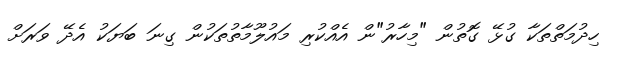
ހިދުމަތްތަކާ ގުޅޭ ގޮތުން "މިހާރު"ން އެއްކުރި މައުލޫމާތުތަކުން ގިނަ ބަޔަކު އެދޭ ވަރަށް